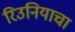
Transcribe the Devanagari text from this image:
रिउनियाचा